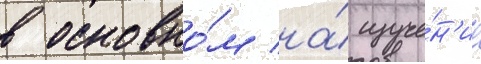
в основно́м на́ изуче́н'ие